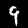
Label: 9